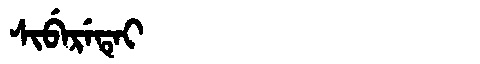
Manchu: ᠰᡳᠪᡝᡵᡝᡨᡝᡳ
Romanization: SIBERETEI